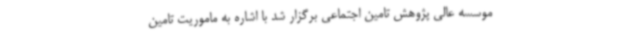
موسسه عالی پژوهش تامین اجتماعی برگزار شد با اشاره به ماموریت تامین